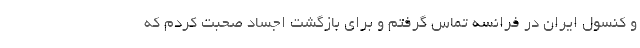
و کنسول ایران در فرانسه تماس گرفتم و برای بازگشت اجساد صحبت کردم که